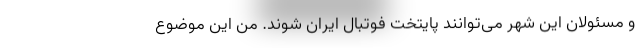
و مسئولان این شهر می‌توانند پایتخت فوتبال ایران شوند. من این موضوع